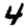
Digit: 4